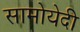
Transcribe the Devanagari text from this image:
सामोयेदी